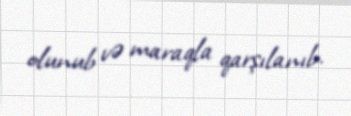
olunub və maraqla qarşılanıb.